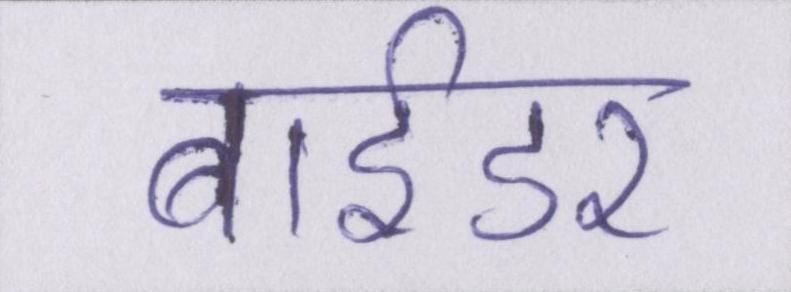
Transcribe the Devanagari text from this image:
बाईडर